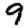
Digit: 9